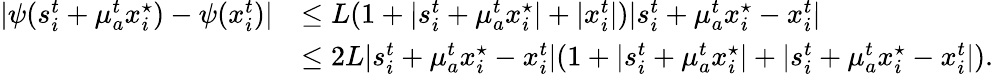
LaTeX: \begin{array}{rl}{|\psi(s_{i}^{t}+\mu_{a}^{t}x_{i}^{\star})-\psi(x_{i}^{t})|}&{\leq L(1+|s_{i}^{t}+\mu_{a}^{t}x_{i}^{\star}|+|x_{i}^{t}|)|s_{i}^{t}+\mu_{a}^{t}x_{i}^{\star}-x_{i}^{t}|}\\ &{\leq 2L|s_{i}^{t}+\mu_{a}^{t}x_{i}^{\star}-x_{i}^{t}|(1+|s_{i}^{t}+\mu_{a}^{t}x_{i}^{\star}|+|s_{i}^{t}+\mu_{a}^{t}x_{i}^{\star}-x_{i}^{t}|).}\end{array}